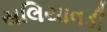
સલિયાવડી